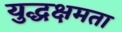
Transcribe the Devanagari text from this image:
युद्धक्षमता